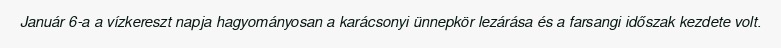
Január 6-a a vízkereszt napja hagyományosan a karácsonyi ünnepkör lezárása és a farsangi időszak kezdete volt.